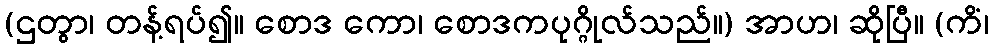
(ဌတွာ၊ တန့်ရပ်၍။ စောဒ ကော၊ စောဒကပုဂ္ဂိုလ်သည်။) အာဟ၊ ဆိုပြီ။ (ကိံ၊